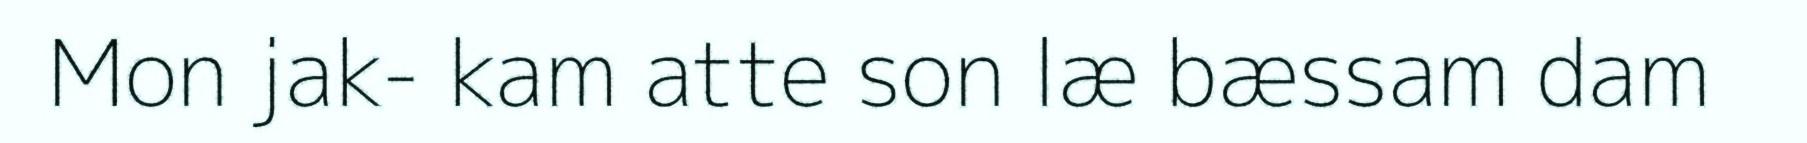
Mon jak- kam atte son læ bæssam dam